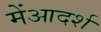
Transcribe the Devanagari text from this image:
मेंआदर्श